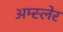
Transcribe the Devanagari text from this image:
अम्स्लेर